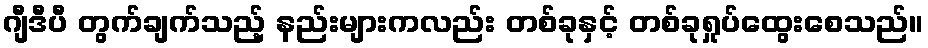
ဂျီဒီပီ တွက်ချက်သည့် နည်းများကလည်း တစ်ခုနှင့် တစ်ခုရှုပ်ထွေးစေသည်။